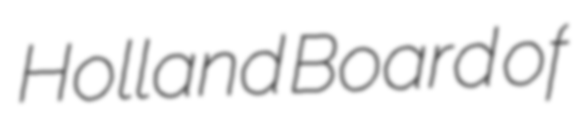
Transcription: Holland Board of